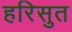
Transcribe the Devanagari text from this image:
हरिसुत